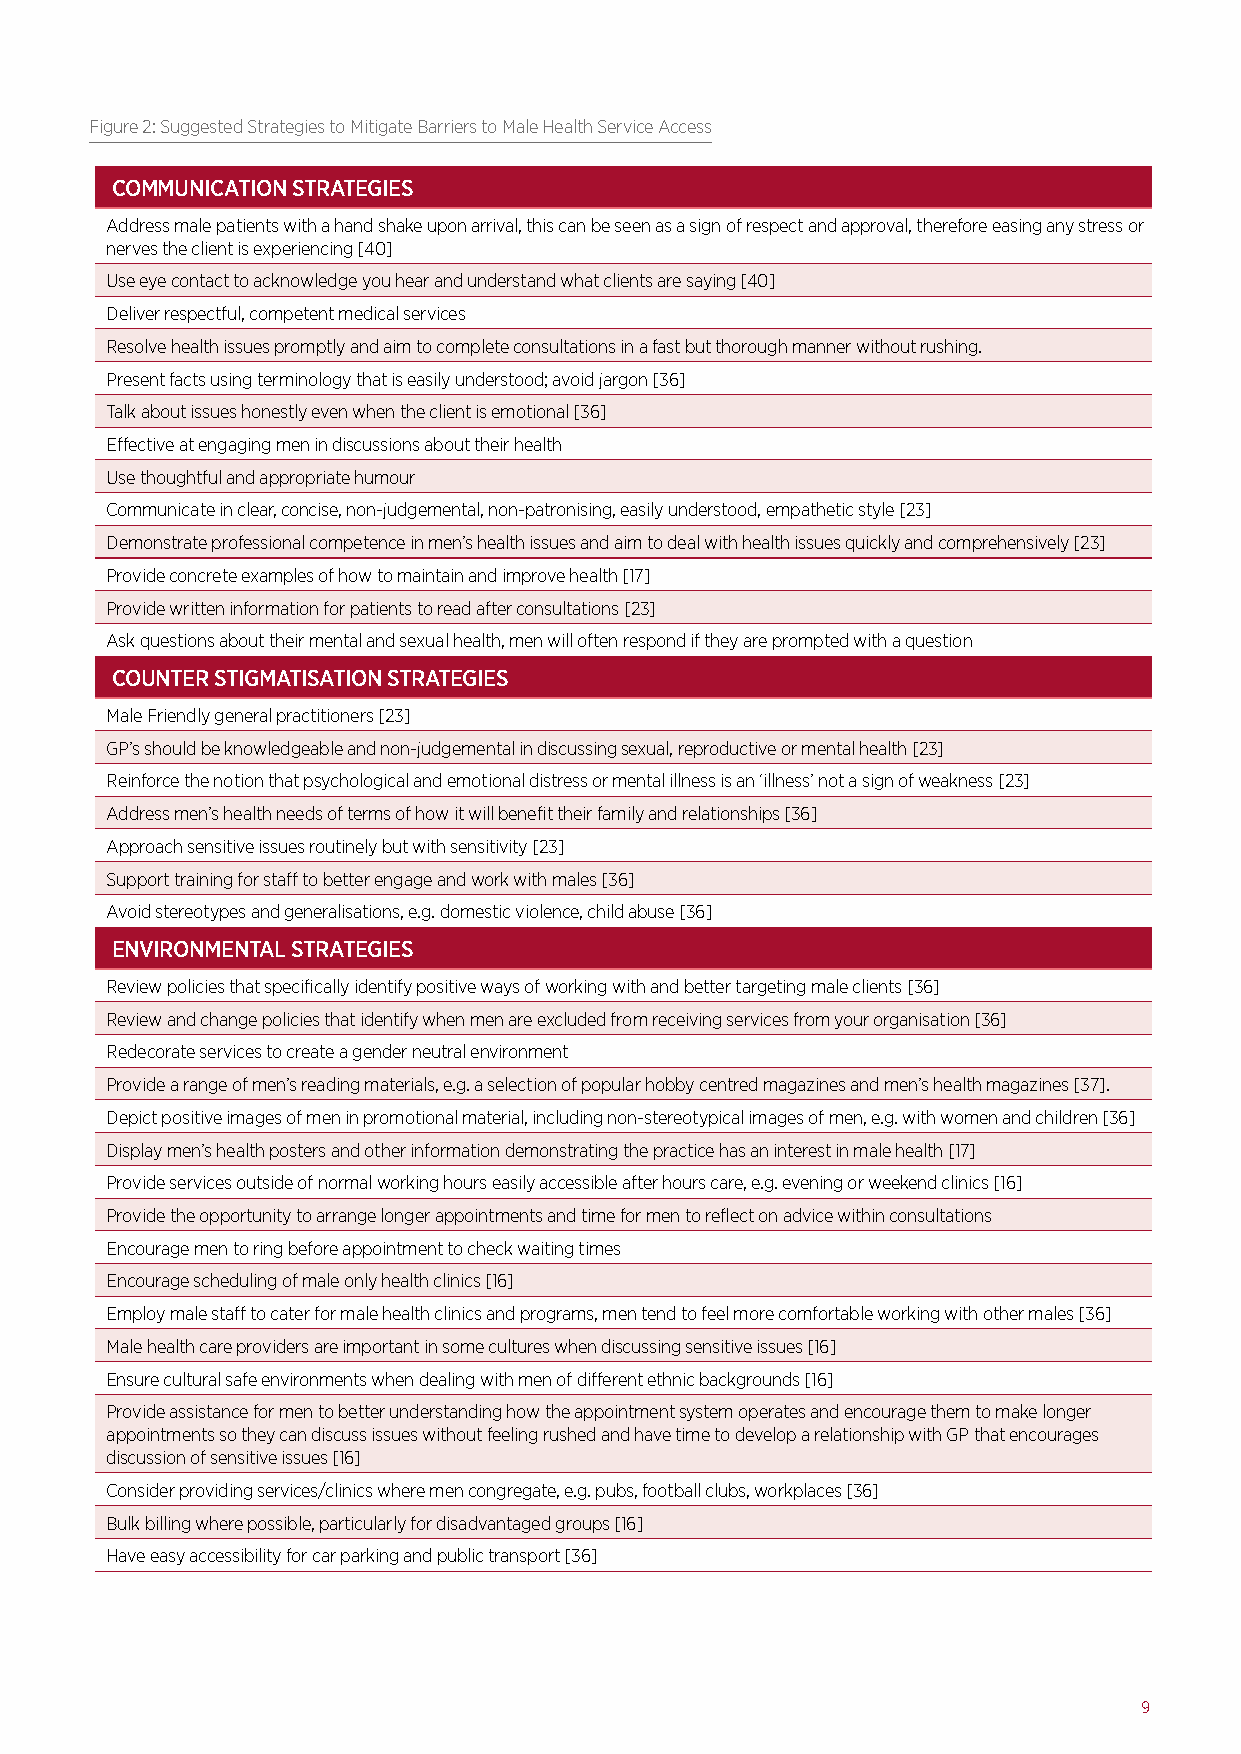
Figure 2: Suggested Strategies to Mitigate Barriers to Male Health Service Access
 COMMUNICATION STRATEGIES
 Address male patients with a hand shake upon arrival, this can be seen as a sign of respect and approval, therefore easing any stress or
 nerves the client is experiencing [40]
 Use eye contact to acknowledge you hear and understand what clients are saying [40]
 Deliver respectful, competent medical services
 Resolve health issues promptly and aim to complete consultations in a fast but thorough manner without rushing.
 Present facts using terminology that is easily understood; avoid jargon [36]
 Talk about issues honestly even when the client is emotional [36]
 Effective at engaging men in discussions about their health
 Use thoughtful and appropriate humour
 Communicate in clear, concise, non-judgemental, non-patronising, easily understood, empathetic style [23]
 Demonstrate professional competence in men’s health issues and aim to deal with health issues quickly and comprehensively [23]
 Provide concrete examples of how to maintain and improve health [17]
 Provide written information for patients to read after consultations [23]
 Ask questions about their mental and sexual health, men will often respond if they are prompted with a question
 COUNTER STIGMATISATION STRATEGIES
 Male Friendly general practitioners [23]
 GP’s should be knowledgeable and non-judgemental in discussing sexual, reproductive or mental health [23]
 Reinforce the notion that psychological and emotional distress or mental illness is an ‘illness’ not a sign of weakness [23]
 Address men’s health needs of terms of how it will benefit their family and relationships [36]
 Approach sensitive issues routinely but with sensitivity [23]
 Support training for staff to better engage and work with males [36]
 Avoid stereotypes and generalisations, e.g. domestic violence, child abuse [36]
 ENVIRONMENTAL STRATEGIES
 Review policies that specifically identify positive ways of working with and better targeting male clients [36]
 Review and change policies that identify when men are excluded from receiving services from your organisation [36]
 Redecorate services to create a gender neutral environment
 Provide a range of men’s reading materials, e.g. a selection of popular hobby centred magazines and men’s health magazines [37].
 Depict positive images of men in promotional material, including non-stereotypical images of men, e.g. with women and children [36]
 Display men’s health posters and other information demonstrating the practice has an interest in male health [17]
 Provide services outside of normal working hours easily accessible after hours care, e.g. evening or weekend clinics [16]
 Provide the opportunity to arrange longer appointments and time for men to reflect on advice within consultations
 Encourage men to ring before appointment to check waiting times
 Encourage scheduling of male only health clinics [16]
 Employ male staff to cater for male health clinics and programs, men tend to feel more comfortable working with other males [36]
 Male health care providers are important in some cultures when discussing sensitive issues [16]
 Ensure cultural safe environments when dealing with men of different ethnic backgrounds [16]
 Provide assistance for men to better understanding how the appointment system operates and encourage them to make longer
 appointments so they can discuss issues without feeling rushed and have time to develop a relationship with GP that encourages
 discussion of sensitive issues [16]
 Consider providing services/clinics where men congregate, e.g. pubs, football clubs, workplaces [36]
 Bulk billing where possible, particularly for disadvantaged groups [16]
 Have easy accessibility for car parking and public transport [36]
 9